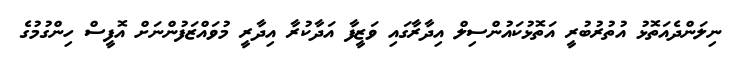
ނިލަންދެއަތޮޅު އުތުރުބުރީ އަތޮޅުކައުންސިލް އިދާރާގައި ވަޒީފާ އަދާކުރާ އިދާރީ މުވައްޒަފުންނަށް އޮފީސް ހިންގުމުގެ